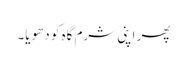
پھر اپنی شرم گاہ کو دھویا۔